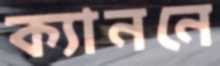
ক্যাননে